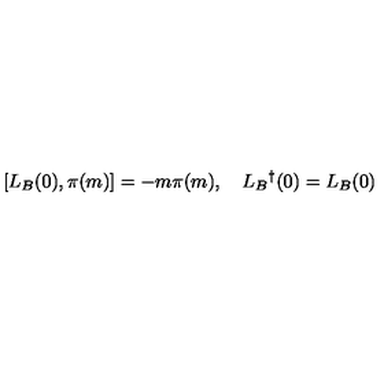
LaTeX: [ L _ { B } ( 0 ) , \pi ( m ) ] = - m \pi ( m ) , \quad L _ { B } { } ^ { \dag } ( 0 ) = L _ { B } ( 0 )